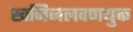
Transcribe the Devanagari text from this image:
खनिजलवणयुक्त